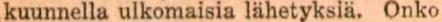
kuunnella ulkomaisia lähetyksiä. Onko